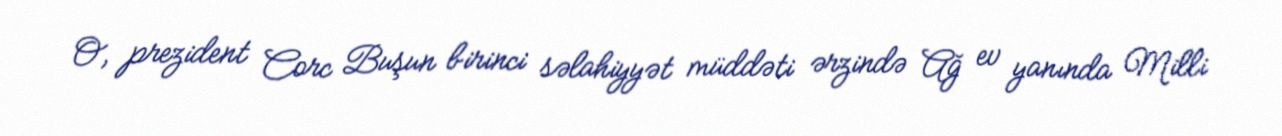
O, prezident Corc Buşun birinci səlahiyyət müddəti ərzində Ağ ev yanında Milli